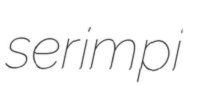
serimpi